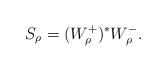
LaTeX: \begin{align*}S_\rho=(W_\rho^+)^*W_\rho^-.\end{align*}